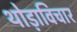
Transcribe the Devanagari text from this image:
थोड़ाविचार